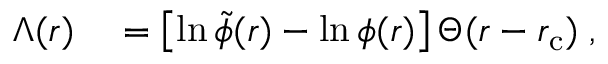
\begin{array} { r l } { \Lambda ( r ) } & { { } = \left[ \ln \tilde { \phi } ( r ) - \ln \phi ( r ) \right] \Theta ( r - r _ { \mathrm { c } } ) \; , } \end{array}